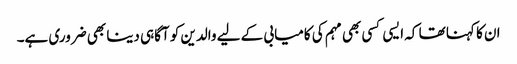
ان کا کہنا تھا کہ ایسی کسی بھی مہم کی کامیابی کے لیے والدین کو آگاہی دینا بھی ضروری ہے۔